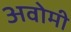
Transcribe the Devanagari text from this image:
अवोमी